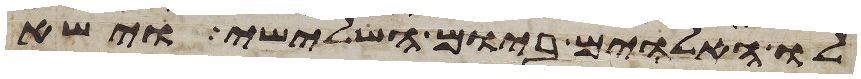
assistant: לו האלהים ביום השלישי וישא